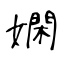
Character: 嫻